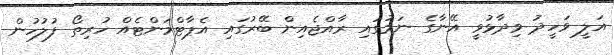
އަލީ ވަހީދު ވިދާޅުވީ އޭނާގެ ނަމުގައި ރާއްޖެއިން ބޭރުގައި އެޕާޓްމަންޓެއް ހުރިތޯ ފުލުހުން